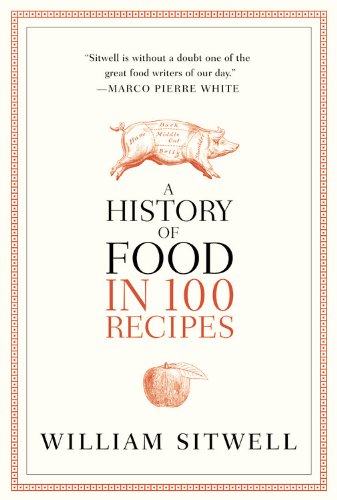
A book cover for A History of Food in 100 Recipes; William Sitwell; Cookbooks, Food & Wine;